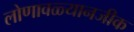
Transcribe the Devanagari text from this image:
लोणावळ्यानजीक